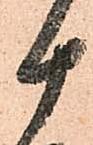
十